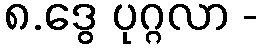
၈.ဒွေ ပုဂ္ဂလာ -